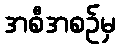
အစီအစဉ်မှ